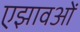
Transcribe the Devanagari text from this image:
एझावओं